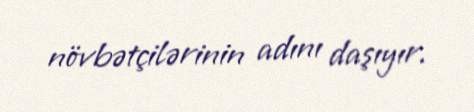
növbətçilərinin adını daşıyır.